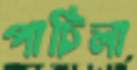
পাচিলা